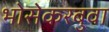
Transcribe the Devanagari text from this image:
भोसेकरबुवा